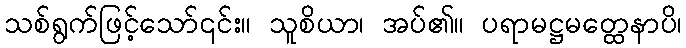
သစ်ရွက်ဖြင့်သော်၎င်း။ သူစိယာ၊ အပ်၏။ ပရာမဋ္ဌမတ္ထေနာပိ၊